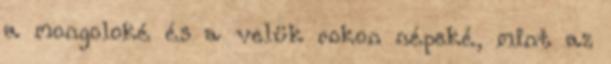
a mongoloké és a velük rokon népeké, mint az